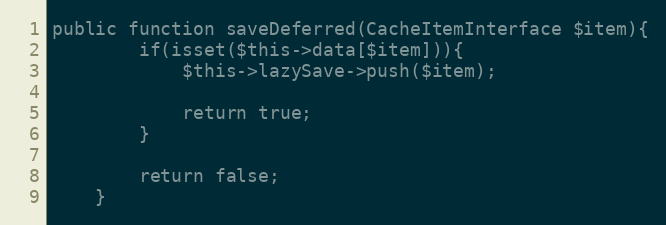
Language: PHP
public function saveDeferred(CacheItemInterface $item){
        if(isset($this->data[$item])){
            $this->lazySave->push($item);

            return true;
        }

        return false;
    }